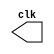
// ---------------------
// Guia 09_01 - Gerador de Pulsos
// Nome: Bruno Cezar Andrade Viallet
// ---------------------

//----------------------------
//-- Clock
//----------------------------

module clock (clk);
 output clk;
 reg    clk;

 initial
  begin
   clk = 1'b0;
  end

 always
  begin
   #6 clk = ~clk;
  end
endmodule // clock

//----------------------------
//-- Pulse
//----------------------------

module pulse (signal, clock);
 input  clock;
 output signal;
 reg    signal;

 always @ (clock)
  begin
       signal = 1'b0;
  #3   signal = 1'b1;
  #3   signal = 1'b0;
    
  
  end
endmodule // pulse

//----------------------------
//-- Test
//----------------------------

module testpulse;
 wire  clock;
 clock c (clock);
 wire  s1;

 pulse   pulse1   (s1, clock);

 initial begin
  $display ("Guia09_01 - Bruno Cezar Andrade Viallet - 396679");
  $dumpfile ("Guia09_01.vcd");
  $dumpvars (1, clock, s1);
   #480 $finish;

 end

endmodule // testpulse